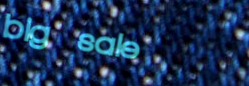
big sale